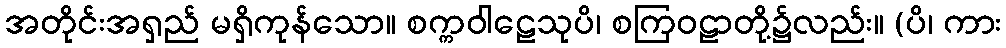
အတိုင်းအရှည် မရှိကုန်သော။ စက္ကဝါဠေသုပိ၊ စကြဝဠာတို့၌လည်း။ (ပိ၊ ကား